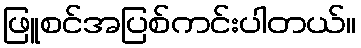
ဖြူစင်အပြစ်ကင်းပါတယ်။